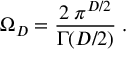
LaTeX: \Omega _ { { D } } = \frac { 2 \; \pi ^ { { D } / 2 } } { \Gamma ( D / 2 ) } \; .